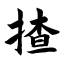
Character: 揸